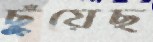
ছুঁয়েছ